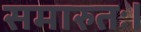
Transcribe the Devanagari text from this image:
समारुतः।